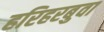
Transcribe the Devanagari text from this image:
हरिहरबुवा